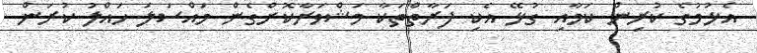
އެޅުމުގެ ކުރިން ކަމާއި ގުޅޭ އެކި ފަރާތްތަކާ މަޝްވަރާކޮށްގެން މައްސަލަ ހައްލު ކުރަން